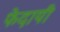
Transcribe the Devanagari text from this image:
फेदायीं